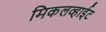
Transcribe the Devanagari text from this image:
मिकलव्हाईट